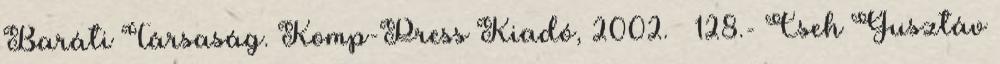
Baráti Társaság. Komp-Press Kiadó, 2002. – 128.- Cseh Gusztáv